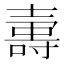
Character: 𡔽